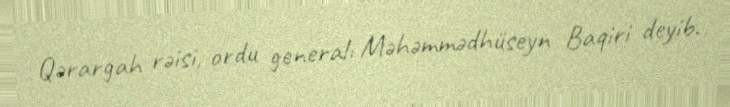
Qərargah rəisi, ordu generalı Məhəmmədhüseyn Baqiri deyib.